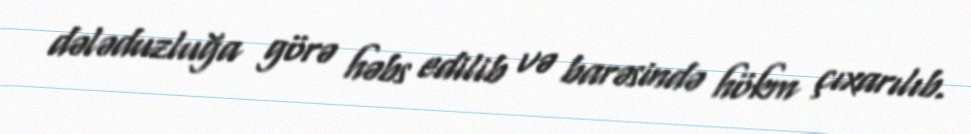
dələduzluğa görə həbs edilib və barəsində hökm çıxarılıb.